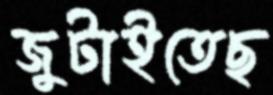
জুটাইতেছ